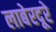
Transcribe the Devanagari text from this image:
लाबेरदूरे